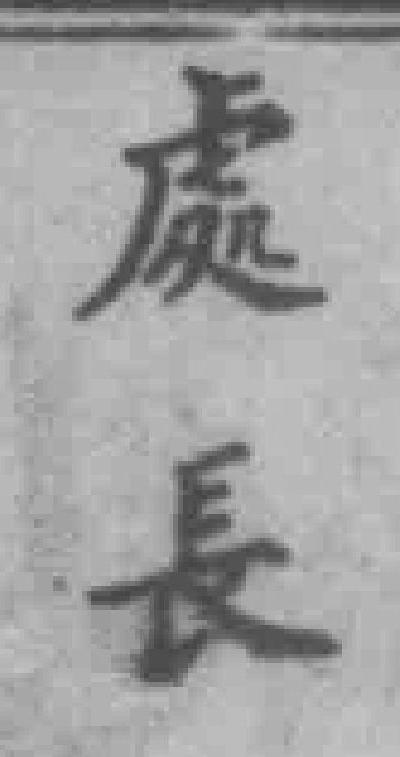
處長